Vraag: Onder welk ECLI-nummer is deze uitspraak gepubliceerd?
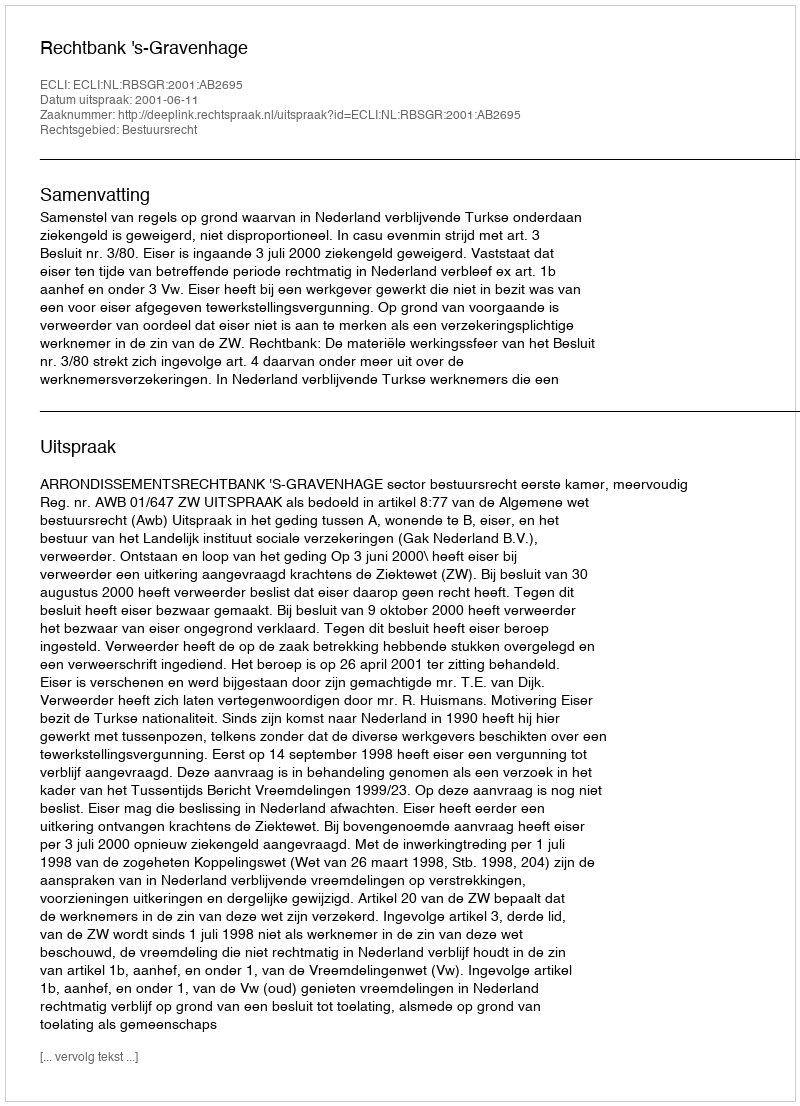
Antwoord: ECLI:NL:RBSGR:2001:AB2695